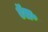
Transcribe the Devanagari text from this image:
ऍल॰